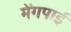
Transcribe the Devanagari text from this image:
मेंगपाई